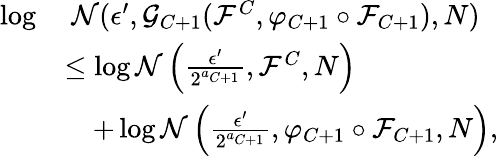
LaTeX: \begin{array}{rl}{\log}&{\ \mathcal{N}(\epsilon^{\prime},\mathcal{G}_{C+1}(\mathcal{F}^{C},\varphi_{C+1}\circ\mathcal{F}_{C+1}),N)}\\ &{\leq\log\mathcal{N}\left(\frac{\epsilon^{\prime}}{2^{a_{C+1}}},\mathcal{F}^{C},N\right)}\\ &{\quad+\log\mathcal{N}\left(\frac{\epsilon^{\prime}}{2^{a_{C+1}}},\varphi_{C+1}\circ\mathcal{F}_{C+1},N\right),}\end{array}